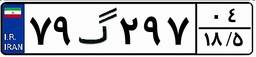
۷۹گ۲۹۷۰۴